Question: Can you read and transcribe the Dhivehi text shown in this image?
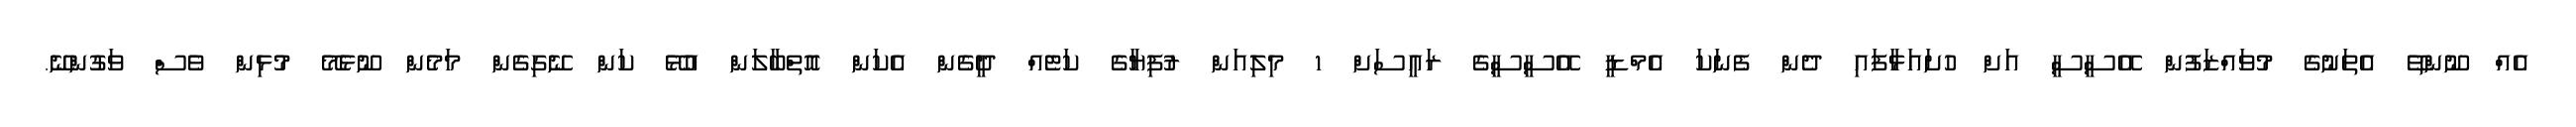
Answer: އެއް ނޫންތޭ އެތަނުގެ މުވައްޒަފުން އޭސީސީ އަށް ހުށައަޅާފައި ދެން ފެނަކަ އެމްޑީ އޭސީސީގެ ރައީސަށް 1 މިލިއަން ރުފިޔާގެ ކަޓެއް ދީގެން އެކަން އޮތްބާލަން އުޅޭ ކަން ނޭގިގެން މަމެން ނޫޅެމޭ މުޅިން ވެސް ވަގުންނޭ.